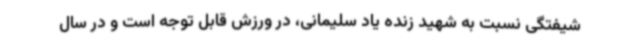
شیفتگی نسبت به شهید زنده یاد سلیمانی، در ورزش قابل توجه است و در سال